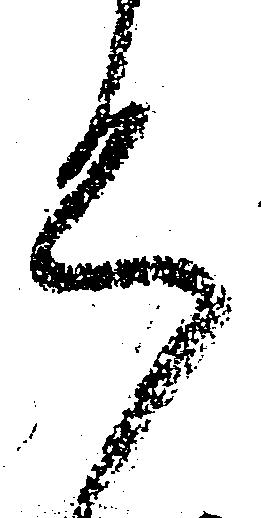
令